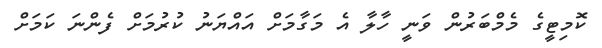
ކޮމިޓީގެ މެމްބަރުން ވަނީ ހާލާ އެ މަގާމަށް އައްޔަނު ކުރުމަށް ފެންނަ ކަމަށް